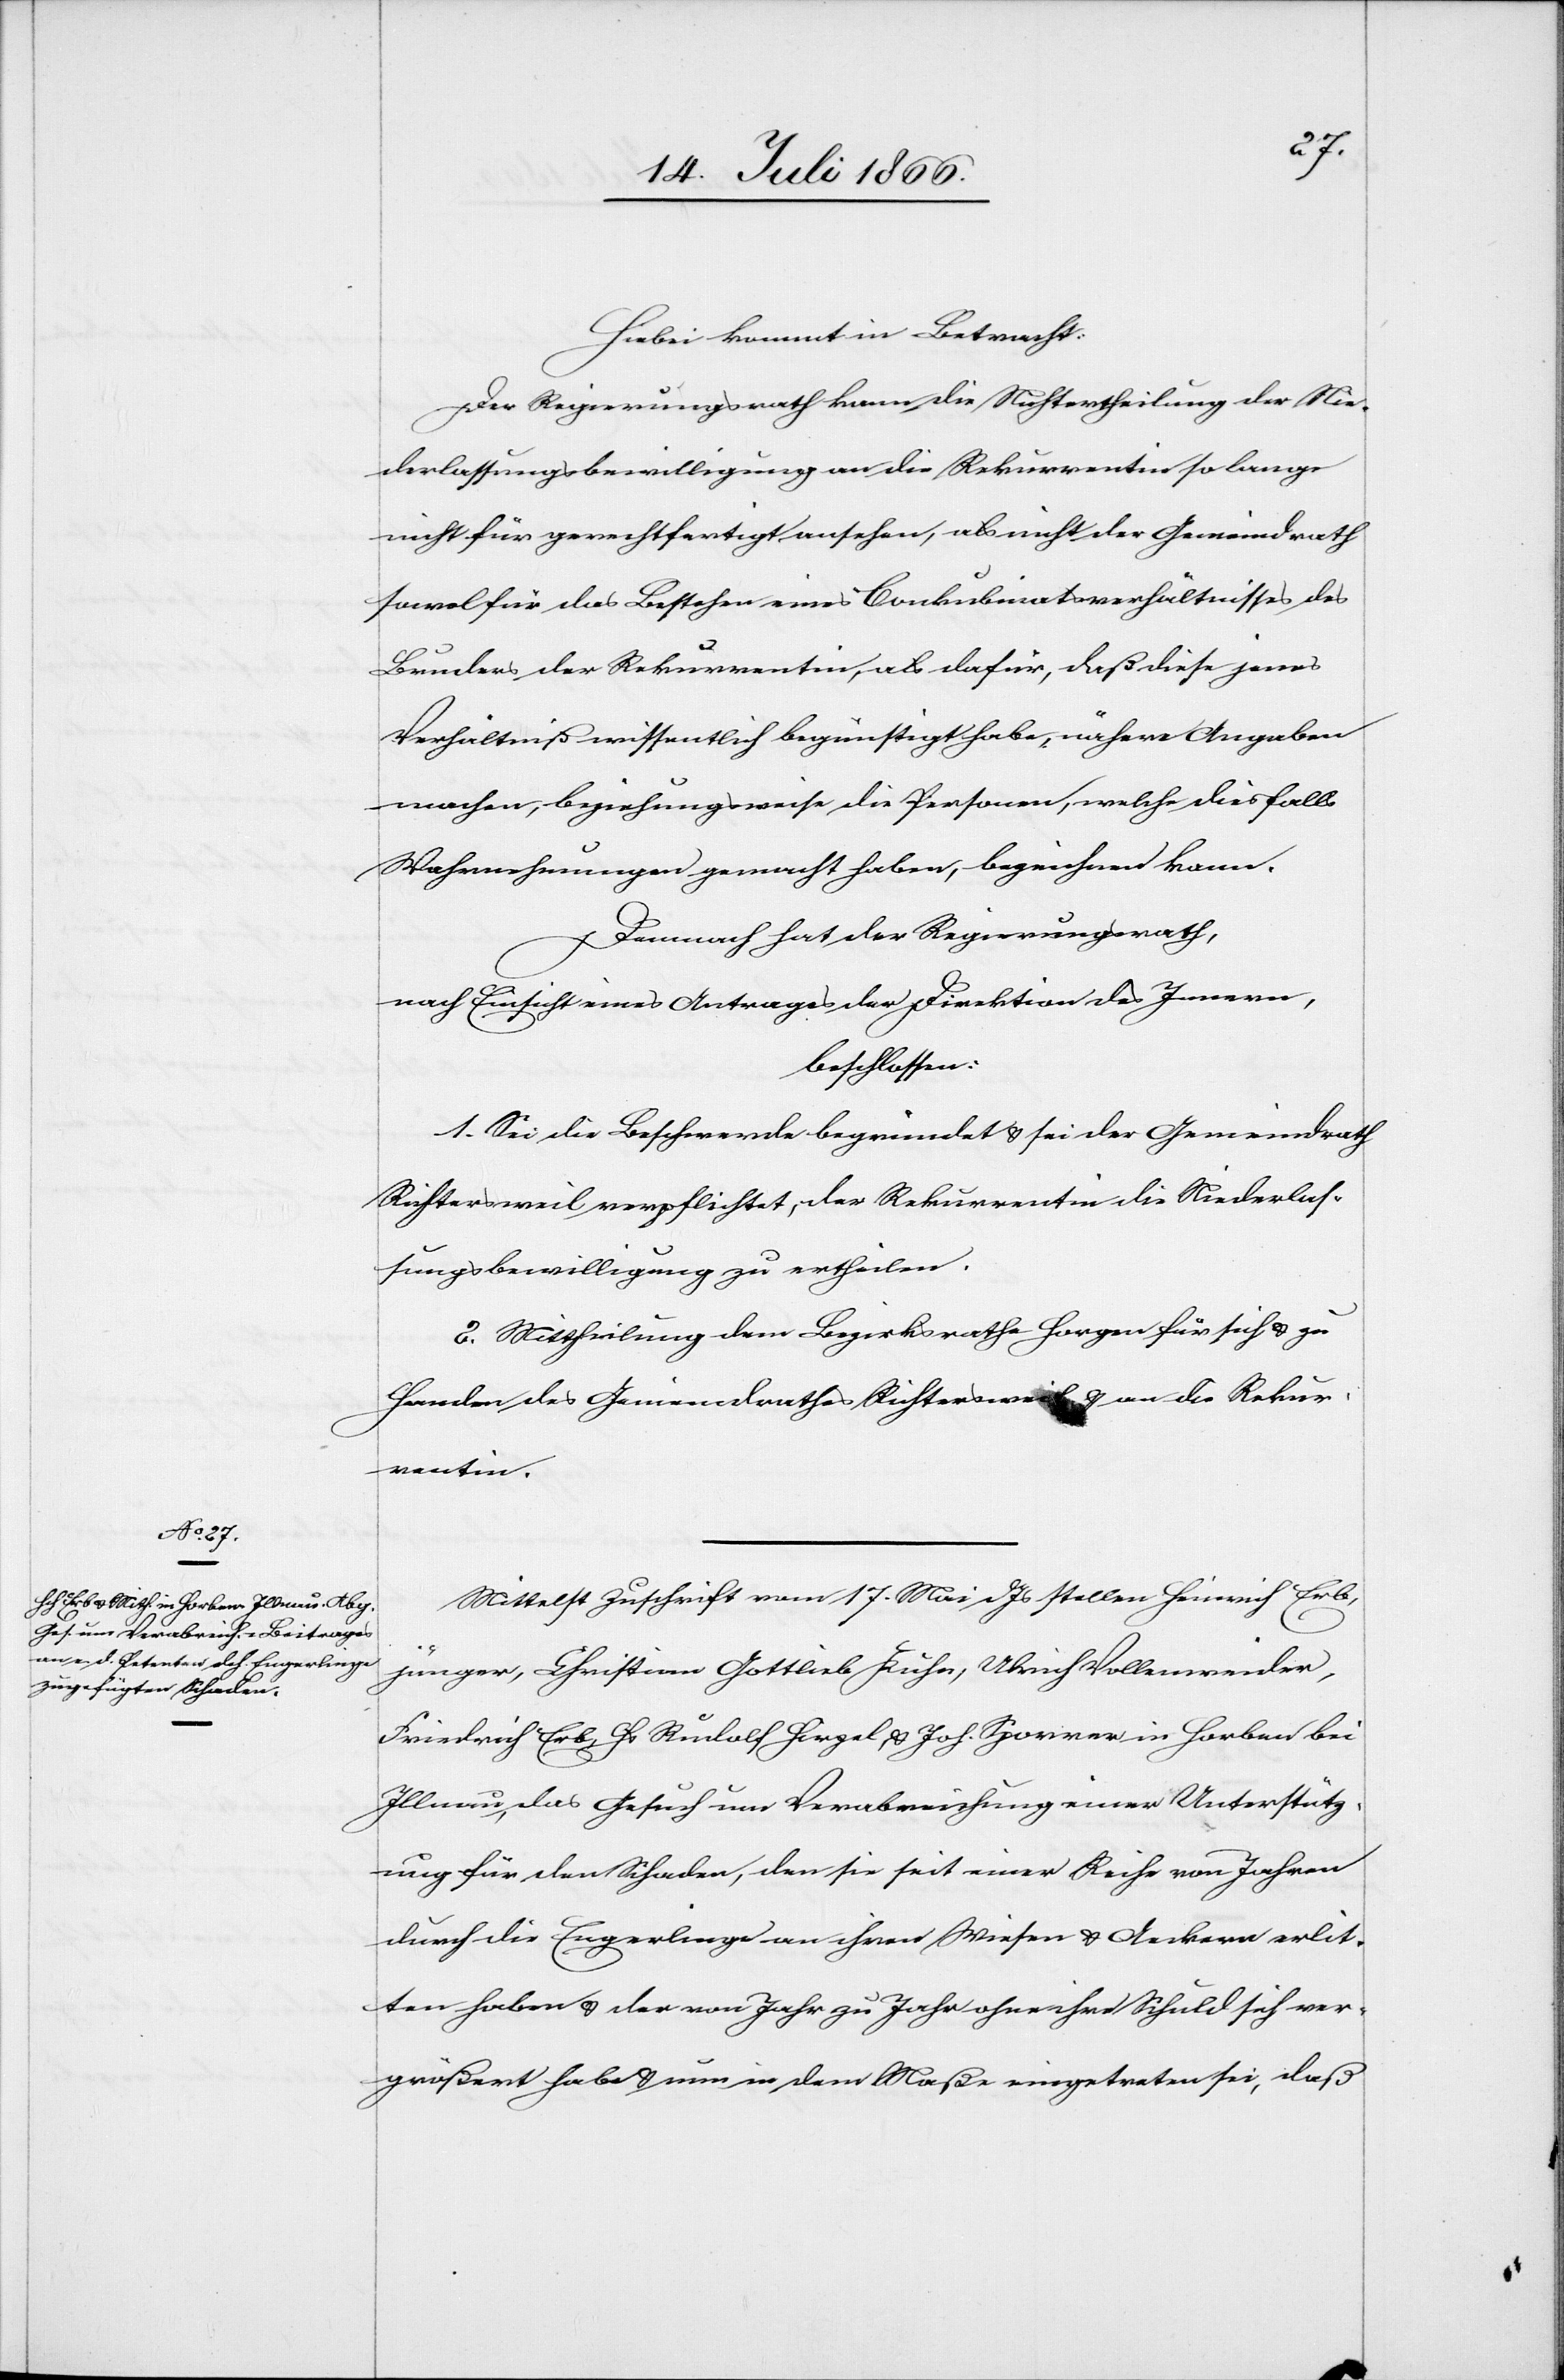
Hiebei kommt in Betracht:
Der Regierungsrath kann die Nichtertheilung der Nie¬
derlassungsbewilligung an die Rekurrentin so lange
nicht für gerechtfertigt ansehen, als nicht der Gemeindrath
sowol für das Bestehen eines Conkubinatsverhältnisses des
Bruders der Rekurrentin, als dafür, daß diese jenes
Verhältniß wissentlich begünstigt habe, nähere Angaben
mache, beziehungsweise die Personen, welche diesfalls
Wahrnehmungen gemacht haben, bezeichnen kann.
Demnach hat der Regierungsrath,
nach Einsicht eines Antrages der Direktion des Innern,
beschlossen:
1. Sei die Beschwerde begründet u. sei der Gemeindrath
Richtersweil verpflichtet, der Rekurrentin die Niederlas¬
sungsbewilligung zu ertheilen.
2. Mittheilung dem Bezirksrathe Horgen für sich u. zu
Handen des Gemeindrathes Richtersweil u. an die Rekur¬
rentin.
Mittelst Zuschrift vom 17. Mai d Js. stellen Heinrich Erb,
jünger, Christian Gottlieb Kühn, Ulrich Vollenweider,
Friedrich Erb, Hs. Rudolf Hirzel u. Joh. Sporrer in Horben bei
Illnau, das Gesuch um Verabreichung einer Unterstütz¬
ung für den Schaden, den sie seit einer Reihe von Jahren
durch die Engerlinge an ihren Wiesen u. Aeckern erlit¬
ten haben u. der von Jahr zu Jahr ohne ihre Schuld sich ver¬
größert habe u. nun in dem Maße eingetreten sei, daß